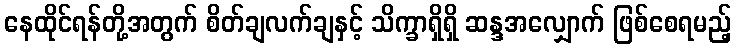
နေထိုင်ရန်တို့အတွက် စိတ်ချလက်ချနှင့် သိက္ခာရှိရှိ ဆန္ဒအလျှောက် ဖြစ်စေရမည့်